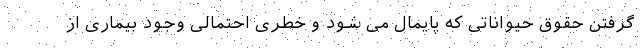
گرفتن حقوق حیواناتی که پایمال می شود و خطری احتمالی وجود بیماری از